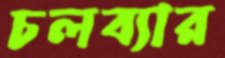
চলব্যার